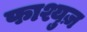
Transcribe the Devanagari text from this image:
फाश्युज़